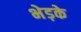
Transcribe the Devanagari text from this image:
भेड़के